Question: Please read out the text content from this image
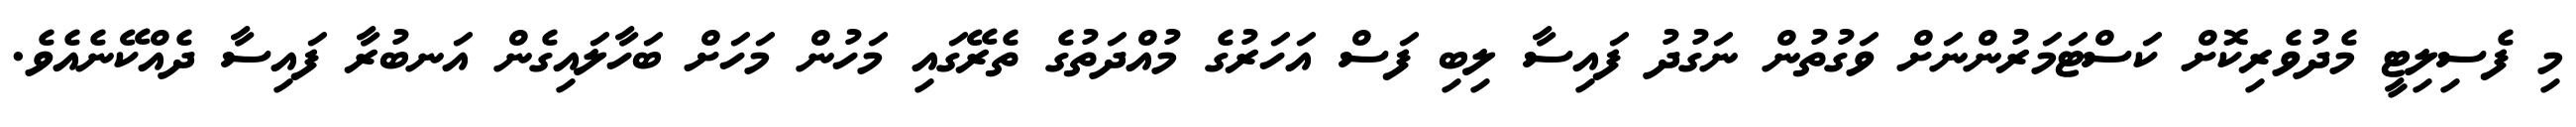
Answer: މި ފެސިލިޓީ މެދުވެރިކޮށް ކަސްޓަމަރުންނަށް ވަގުތުން ނަގުދު ފައިސާ ލިބި ފަސް އަހަރުގެ މުއްދަތުގެ ތެރޭގައި މަހުން މަހަށް ބަހާލައިގެން އަނބުރާ ފައިސާ ދެއްކޭނެއެވެ.